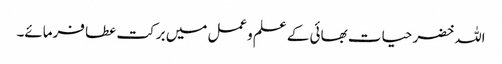
اللہ خضر حیات بھائی کے علم وعمل میں برکت عطا فرمائے۔